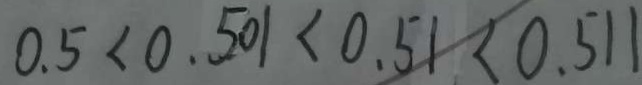
0 . 5 < 0 . 5 0 1 < 0 . 5 1 < 0 . 5 1 1